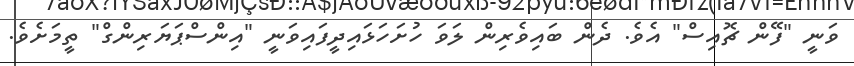
ވަނީ "ފޭން ޗޮއިސް" އެވެ. ދެން ބައިވެރިން ލަވަ ހުށަހަޅައިދީފައިވަނީ "އިންސްޕަޔަރިންގް" ތީމަށެވެ.